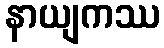
နာယျကဿ